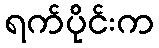
ရက်ပိုင်းက